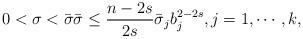
LaTeX: \begin{align*}0 < \sigma < \bar{\sigma}\bar{\sigma}\leq \frac{n-2s}{2s}\bar{\sigma}_jb_j^{2-2s},j = 1,\cdots,k,\end{align*}